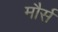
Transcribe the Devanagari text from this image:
मौर्स